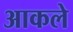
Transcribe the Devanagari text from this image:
आकले